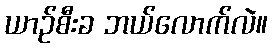
ယာဉ်စီးခ ဘယ်လောက်လဲ။